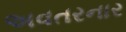
અવતરનાર